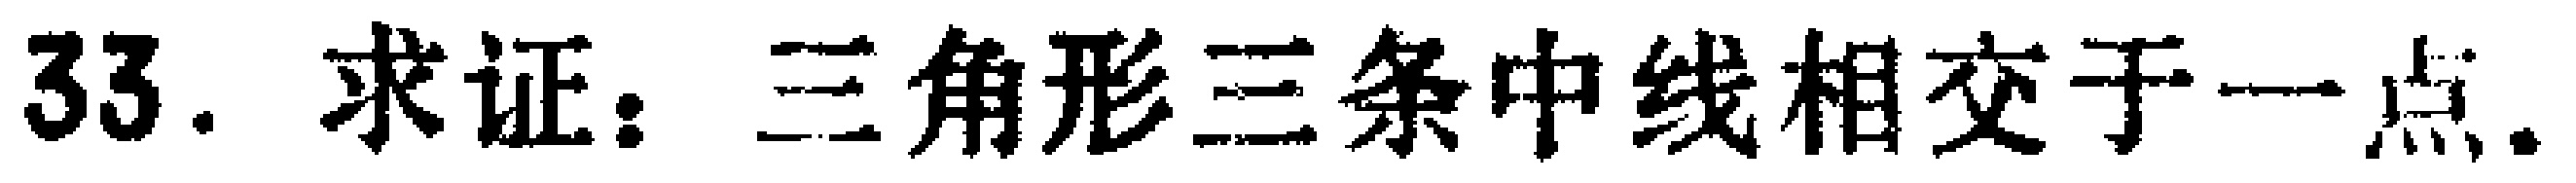
33. 求证：三角形三条中线相交于一点.